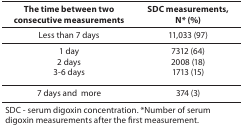
<table><thead><tr><td><b>The time between two consecutive measurements</b></td><td><b>SDC measurements,N* (%)</b></td></tr></thead><tbody><tr><td>Less than 7 days</td><td>11,033 (97)</td></tr><tr><td>1 day2 days3-6 days</td><td>7312 (64)2008 (18)1713 (15)</td></tr><tr><td>7 days and more</td><td>374 (3)</td></tr><tr><td colspan="2">SDC - serum digoxin concentration. *Number of serum digoxin measurements after the first measurement.</td></tr></tbody></table>